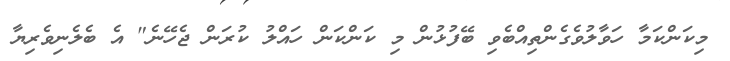
މިކަންކަމާ ހަވާލުވެގެންތިއްބެވި ބޭފުޅުން މި ކަންކަން ހައްލު ކުރަން ޖެހޭނެ" އެ ބެލެނިވެރިޔާ